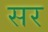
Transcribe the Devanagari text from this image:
सर